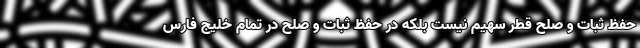
حفظ ثبات و صلح قطر سهیم نیست بلکه در حفظ ثبات و صلح در تمام خلیج فارس